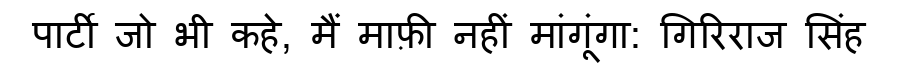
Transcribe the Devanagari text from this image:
पार्टी जो भी कहे, मैं माफ़ी नहीं मांगूंगा: गिरिराज सिंह